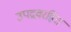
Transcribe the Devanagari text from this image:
उपद्रवरहित